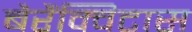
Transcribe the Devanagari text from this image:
बैरैंक्विटास